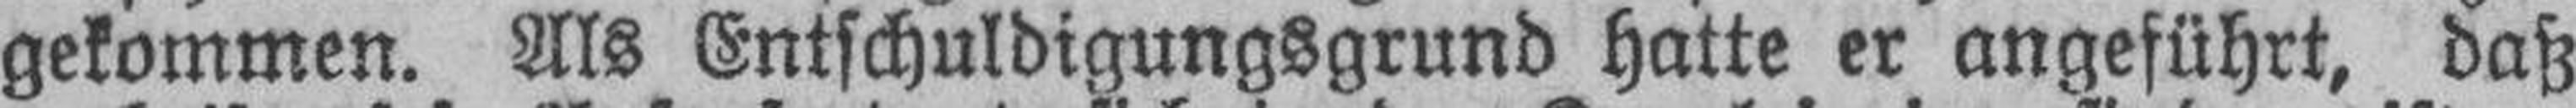
gekommen. Als Entschuldigungsgrund hatte er angeführt, daß